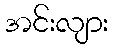
အင်းလျား